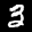
Label: 3